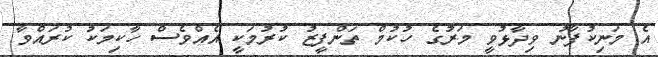
އެ މަނިކުފާނު ވިދާޅުވީ މަރުގެ ހުކުމް ތަންފީޒު ކުރުމަކީ އެއްވެސް ހާކިމަކު ކުރައްވާ